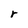
Character: r